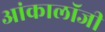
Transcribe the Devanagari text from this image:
आंकालॉजी